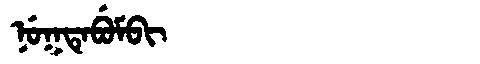
Manchu: ᠨᡠᡴᡨᡝᠪᡠᠮᠪᡳ
Romanization: NUKTEBUMBI